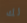
لك